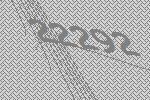
22292